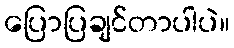
ပြောပြချင်တာပါပဲ။